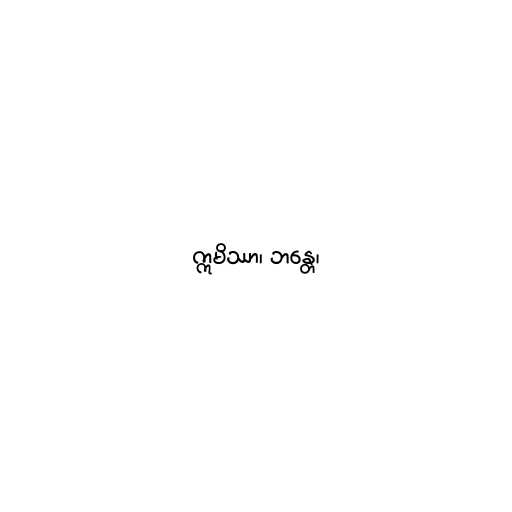
ဣမိဿာ၊ ဘန္တေ၊